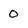
Character: O